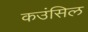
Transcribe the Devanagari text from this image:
कउंसिल